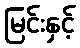
မြင်းနှင့်